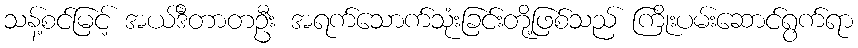
သန့်စင်မြင့် အယ်ဒီတာတဦး အရက်သောက်သုံးခြင်းတို့ဖြစ်သည် ကြိုးပမ်းဆောင်ရွက်ရာ